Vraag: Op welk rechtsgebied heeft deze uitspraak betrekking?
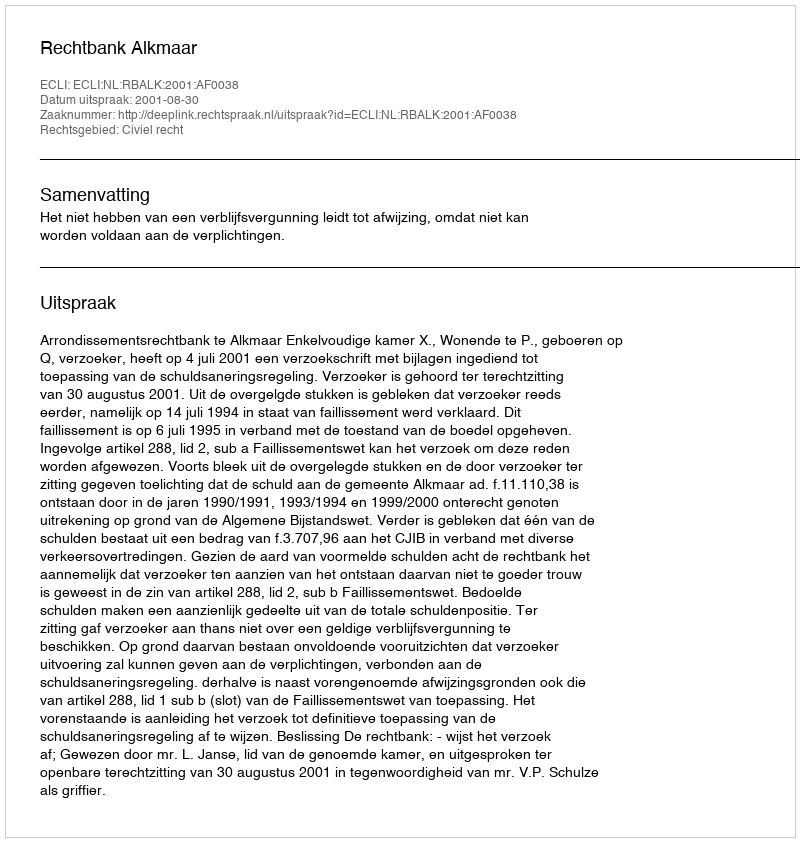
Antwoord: Civiel recht